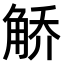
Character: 𫌯